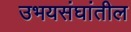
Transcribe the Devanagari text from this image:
उभयसंघांतील